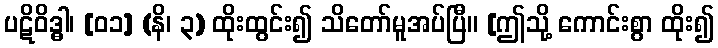
ပဋိဝိဒ္ဓါ၊ [၀၁] (နိ၊ ၃) ထိုးထွင်း၍ သိတော်မူအပ်ပြီ။ [ဤသို့ ကောင်းစွာ ထိုး၍